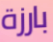
بارزة